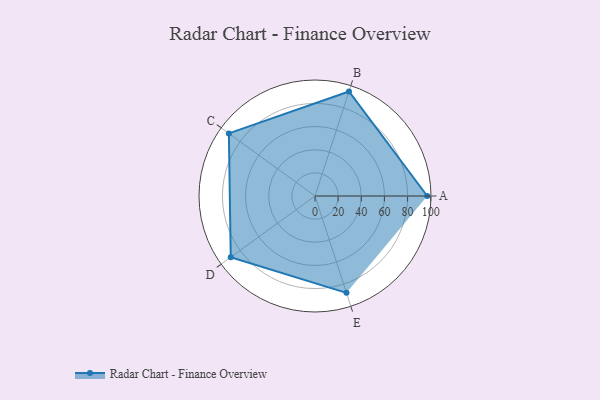
{"axis": {"x": "Skill", "y": "Score"}, "legend": ["Profile"], "data": [{"x": "A", "y": 97.0, "type": "Profile"}, {"x": "B", "y": 95.0, "type": "Profile"}, {"x": "C", "y": 92.0, "type": "Profile"}, {"x": "D", "y": 90.0, "type": "Profile"}, {"x": "E", "y": 88.0, "type": "Profile"}]}